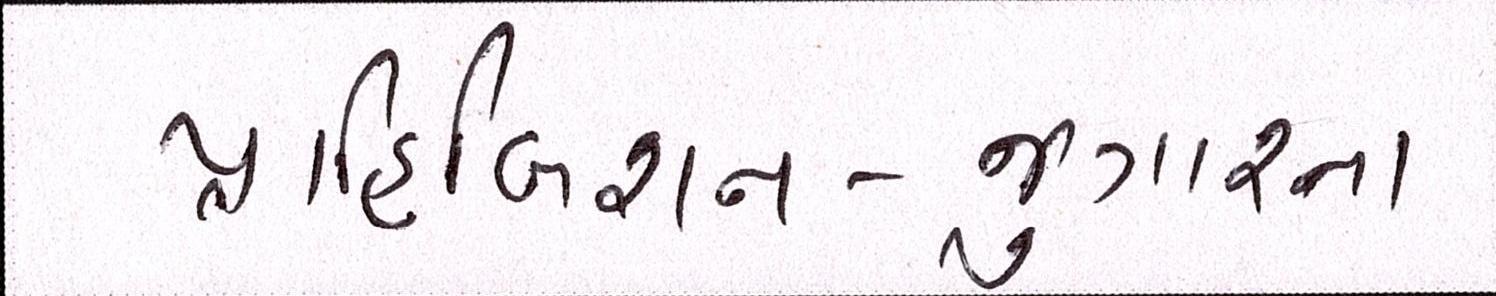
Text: પ્રાહિબિશન-જુગારના